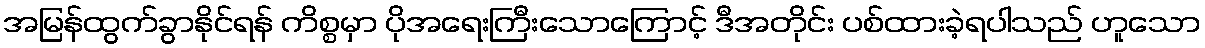
အမြန်ထွက်ခွာနိုင်ရန် ကိစ္စမှာ ပိုအရေးကြီးသောကြောင့် ဒီအတိုင်း ပစ်ထားခဲ့ရပါသည် ဟူသော